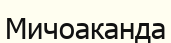
Мичоаканда